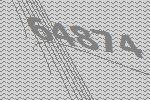
64874